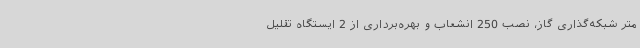
متر شبکه‌گذاری گاز، نصب 250 انشعاب و بهره‌برداری از 2 ایستگاه تقلیل